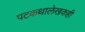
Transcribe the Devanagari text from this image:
पटकथालेखकही